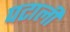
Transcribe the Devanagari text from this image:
पटाली